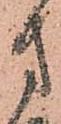
方